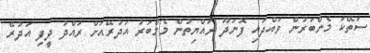
ސަތޭކަ މެންބަރުން ވައްދައި ފޮނަދޫ ރައްޔިތުން މެމްބަރު އަދުރޭއަށް ރައްދު ދީފި އަދުރޭ